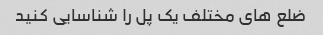
ضلع های مختلف یک پل را شناسایی کنید